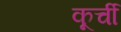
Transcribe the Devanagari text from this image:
कूर्ची